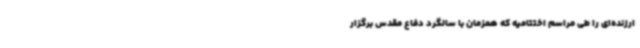
ارزنده‌ای را طی مراسم اختتامیه که همزمان با سالگرد دفاع مقدس برگزار